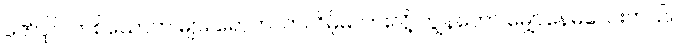
ဇော်ပိုင် တစ်ယောက် များ ရောက်လာလိမ့်မလားလို့ ကျွန်တော် မျှော်နေမိသေးတယ်။